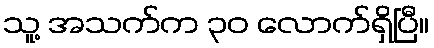
သူ့ အသက်က ၃၀ လောက်ရှိပြီ။